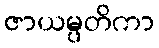
ဇာယမ္ပတိကာ